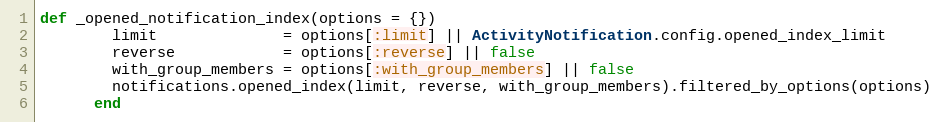
Language: Ruby
def _opened_notification_index(options = {})
        limit              = options[:limit] || ActivityNotification.config.opened_index_limit
        reverse            = options[:reverse] || false
        with_group_members = options[:with_group_members] || false
        notifications.opened_index(limit, reverse, with_group_members).filtered_by_options(options)
      end